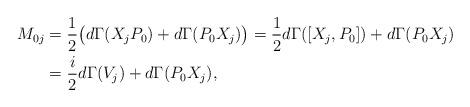
LaTeX: \begin{align*}M_{0j}&=\frac{1}{2}\big( d\Gamma(X_jP_0)+d\Gamma(P_0X_j)\big) =\frac{1}{2} d\Gamma([X_j,P_0])+d\Gamma(P_0X_j) \\ &=\frac{i}{2} d\Gamma(V_j)+d\Gamma(P_0X_j) ,\end{align*}